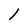
Character: l